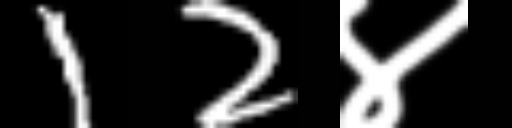
Text: 12४